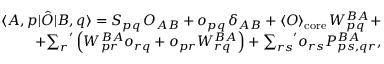
\begin{array} { r l r } & { } & { \langle A , p | \hat { O } | B , q \rangle = S _ { p q } \, O _ { A B } + o _ { p q } \, \delta _ { A B } + \langle O \rangle _ { \mathrm { c o r e } } \, W _ { p q } ^ { B A } + } \\ & { } & { + { \sum _ { r } } ^ { \prime } \left( W _ { p r } ^ { B A } o _ { r q } + o _ { p r } W _ { r q } ^ { B A } \right) + { \sum _ { r s } } ^ { \prime } o _ { r s } P _ { p s , q r } ^ { B A } , } \end{array}